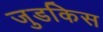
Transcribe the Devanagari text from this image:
जुडकिस